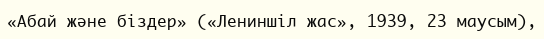
«Абай және біздер» («Лениншіл жас», 1939, 23 маусым),